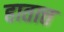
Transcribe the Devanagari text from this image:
हातात्त